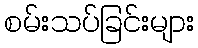
စမ်းသပ်ခြင်းများ